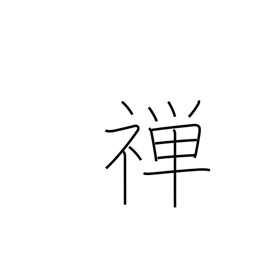
Meaning: silent meditation